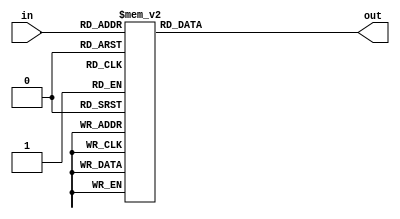
module add3(in,out);
	input [3:0] in;
	output [3:0] out;
	reg [3:0] out;
	always @ (in)
	case (in)
		4'b0000: out <= 4'b0000;
		4'b0001: out <= 4'b0001;
		4'b0010: out <= 4'b0010;
		4'b0011: out <= 4'b0011;
		4'b0100: out <= 4'b0100;
		4'b0101: out <= 4'b1000;
		4'b0110: out <= 4'b1001;
		4'b0111: out <= 4'b1010;
		4'b1000: out <= 4'b1011;
		4'b1001: out <= 4'b1100;
	default: out <= 4'b0000;
	endcase

endmodule